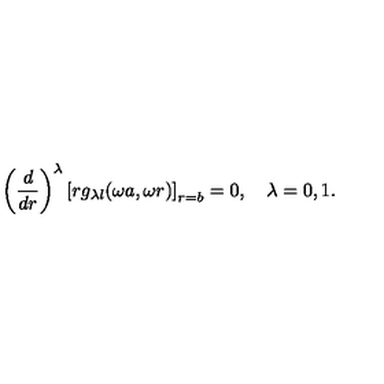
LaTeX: \left( \frac { d } { d r } \right) ^ { \lambda } \left[ r g _ { \lambda l } ( \omega a , \omega r ) \right] _ { r = b } = 0 , \quad \lambda = 0 , 1 .